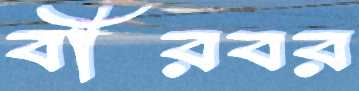
বীরবর